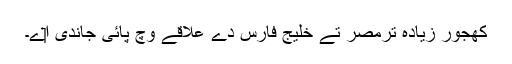
کھجور زیادہ ترمصر تے خلیج فارس دے علاقے وچ پائی جاندی ا‏‏ے۔